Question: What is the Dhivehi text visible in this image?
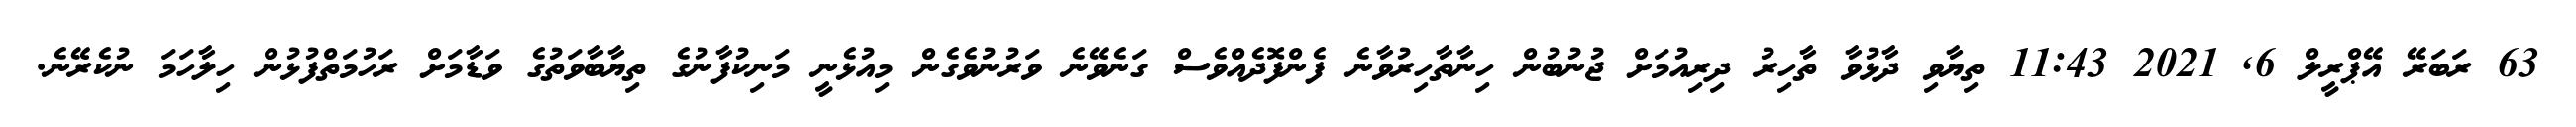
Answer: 63 ރަބަރޭ އޭޕްރީލް 6, 2021 11:43 ތިޔާވި ދާޅުވާ ތާހިރު ދިރިއުމަށް ޖުނުބުން ހިނާތާހިރުވާނެ ފެންފޮދެއްވެސް ގަނެވޭނެ ވަރުނުވެގެން މިއުޅެނީ މަނިކުފާނުގެ ތިޔާބާވަތުގެ ވަޑާމަށް ރަހުމަތްފުޅުން ހިލާހަމަ ނުކެރޭނެ.